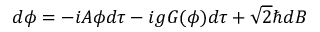
d \phi = - i { \cal A } \phi d \tau - i g G ( \phi ) d \tau + \sqrt { 2 } \hbar d B